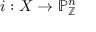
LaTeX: i : X \to \mathbb { P } _ { \mathbb { Z } } ^ { n }